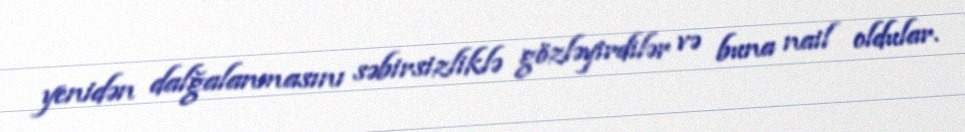
yenidən dalğalanmasını səbirsizliklə gözləyirdilər və buna nail oldular.